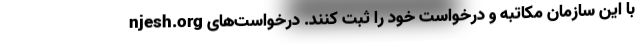
njesh.org با این سازمان مکاتبه و درخواست خود را ثبت کنند. درخواست‌های